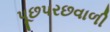
પૂછપરછવાળી